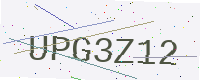
Text: UPG3Z12